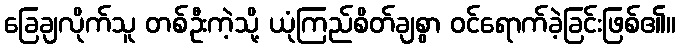
ခြေချလိုက်သူ တစ်ဦးကဲ့သို့ ယုံကြည်စိတ်ချစွာ ဝင်ရောက်ခဲ့ခြင်းဖြစ်၏။